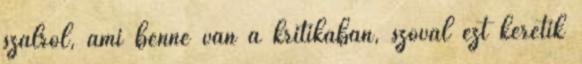
szálról, ami benne van a kritikában, szóval ezt kéretik